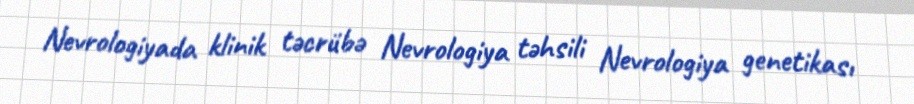
Nevrologiyada klinik təcrübə Nevrologiya təhsili Nevrologiya genetikası